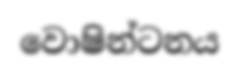
වොෂින්ටනය